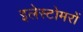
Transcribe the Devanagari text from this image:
इलेस्टोमरों